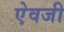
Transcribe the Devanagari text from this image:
एेवजी